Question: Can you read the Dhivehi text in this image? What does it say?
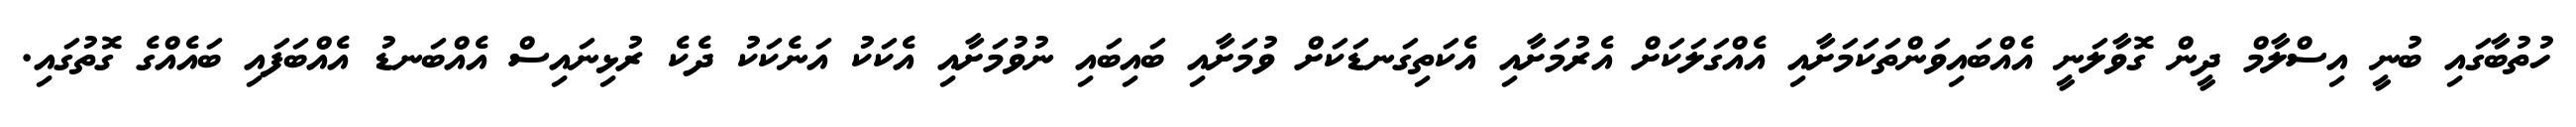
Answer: ހުތުބާގައި ބުނީ އިސްލާމް ދީން ގޮވާލަނީ އެއްބައިވަންތަކަމަށާއި އެއްގަލަކަށް އެރުމަށާއި އެކަތިގަނޑަކަށް ވުމަށާއި ބައިބައި ނުވުމަށާއި އެކަކު އަނެކަކު ދެކެ ރުޅިނައިސް އެއްބަނޑު އެއްބަފައި ބައެއްގެ ގޮތުގައި.